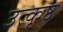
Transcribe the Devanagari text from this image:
उत्‍कृष्ठ